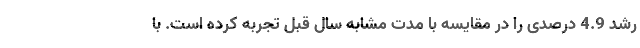
رشد 4.9 درصدی را در مقایسه با مدت مشابه سال قبل تجربه کرده است. با